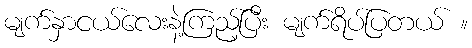
မျက်နှာငယ်လေးနဲ့ကြည့်ပြီး မျက်ရိပ်ပြတယ် ။